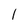
Character: 1